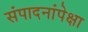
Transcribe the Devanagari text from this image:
संपादनांपेक्षा